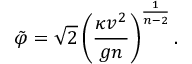
\tilde { \varphi } = \sqrt { 2 } \left( \frac { \kappa v ^ { 2 } } { g n } \right) ^ { \frac { 1 } { n - 2 } } .